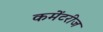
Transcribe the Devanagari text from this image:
कमेंटरीज